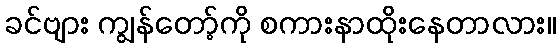
ခင်ဗျား ကျွန်တော့်ကို စကားနာထိုးနေတာလား။